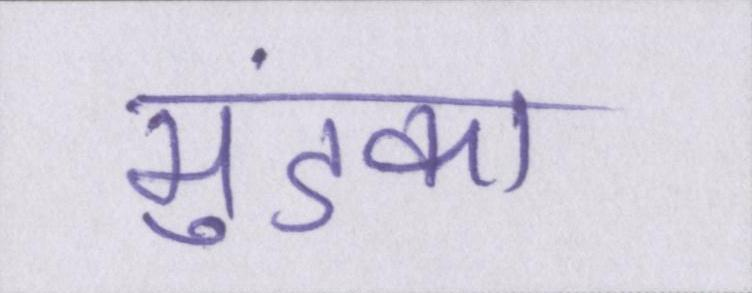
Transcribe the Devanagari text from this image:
मुंडका